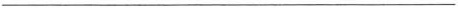
___